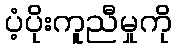
ပံ့ပိုးကူညီမှုကို